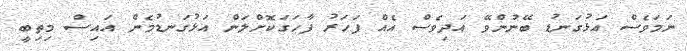
ނަމަވެސް އަޅުގަނޑު ބޭނުންވޭ އަދިވެސް އެއް ފަހަރު ފާހަގަކޮށްލަން އަޅުގަނޑުމެން އައިސް މިތިބީ